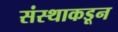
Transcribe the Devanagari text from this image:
संस्थाकडून